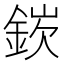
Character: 𬫘